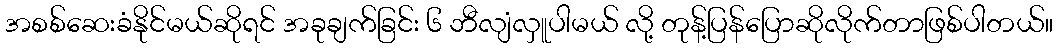
အစစ်ဆေးခံနိုင်မယ်ဆိုရင် အခုချက်ခြင်း ၆ ဘီလျံလှူပါမယ် လို့ တုန့်ပြန်ပြောဆိုလိုက်တာဖြစ်ပါတယ်။